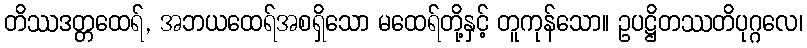
တိဿဒတ္တထေရ်, အဘယထေရ်အစရှိသော မထေရ်တို့နှင့် တူကုန်သော။ ဥပဋ္ဌိတဿတိပုဂ္ဂလေ၊